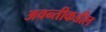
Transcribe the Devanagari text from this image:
अवन्तीकडील